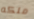
ملكه